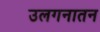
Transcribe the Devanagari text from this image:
उलगनातन